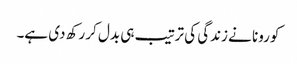
کورونا نے زندگی کی ترتیب ہی بدل کر رکھ دی ہے۔